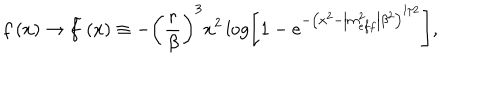
LaTeX: f \left( x \right) \rightarrow \widetilde { f } \left( x \right) \equiv - \left( \frac { r } { \beta } \right) ^ { 3 } x ^ { 2 } \log \left[ 1 - e ^ { - \left( x ^ { 2 } - \left| m _ { e f f } ^ { 2 } \right| \beta ^ { 2 } \right) ^ { 1 / 2 } } \right] ,